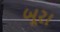
બૂરા